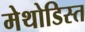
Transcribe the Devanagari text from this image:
मेथोडिस्त